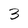
Character: 3